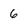
Character: 6